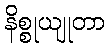
နိစ္စုယျုတာ